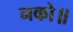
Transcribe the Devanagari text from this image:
नको॥